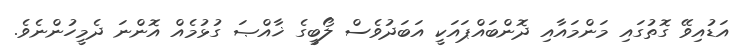
އަޑުއިވޭ ގޮތުގައި މަންމައާއި ދޮންބައްޕައަކީ އަބަދުވެސް ލޯބީގެ ޚާއްޞަ ގުޅުމެެއް އޮންނަ ދެމީހުންނެވެ.